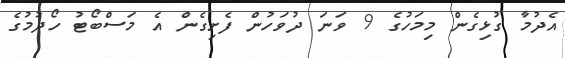
އެދުމާ ގުޅިގެން މިމަހުގެ 9 ވަނަ ދުވަހުން ފެށިގެން އެ މަސްބޯޓު ހޯދުމުގެ